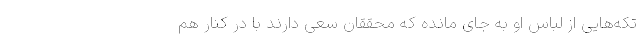
تکه‌هایی از لباس او به جای مانده که محققان سعی دارند با در کنار هم